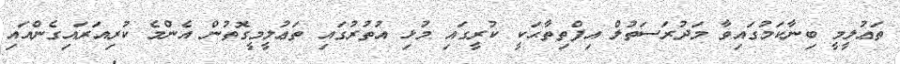
ތަޢުލީމީ ބިނާކަމުގައިވާ މަދުރަސަތުލް އިފްތިތާޙަކީ ކުރީގައި މުޅި އުތުރުގައި ތަޢުލީމީގޮތުން އެންމެ ކުރިއަރައިގެންއައި